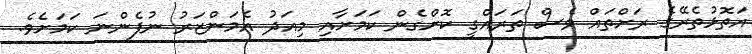
އަތޮޅުތެރޭގެ ރަށްތައް ވެސް ތަރައްގީ ކޮށްގެން ކަމަށާއި މިއަދު އެމަންޒަރު ނުފެންނަ ކަމަށެވެ.